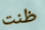
ظنت